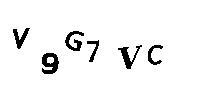
V9G7VC